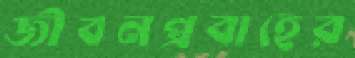
জীবনপ্রবাহের